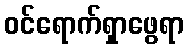
ဝင်ရောက်ရှာဖွေရာ